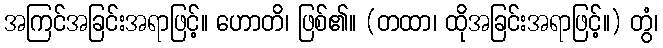
အကြင်အခြင်းအရာဖြင့်။ ဟောတိ၊ ဖြစ်၏။ (တထာ၊ ထိုအခြင်းအရာဖြင့်။) တွံ၊